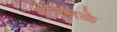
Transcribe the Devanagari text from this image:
परिमळे